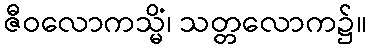
ဇီဝလောကသ္မိံ၊ သတ္တလောက၌။